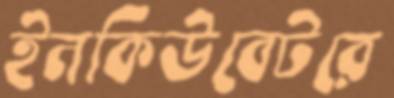
ইনকিউবেটরে